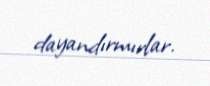
dayandırmırlar.